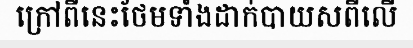
ក្រៅពីនេះថែមទាំងដាក់បាយសពីលើ